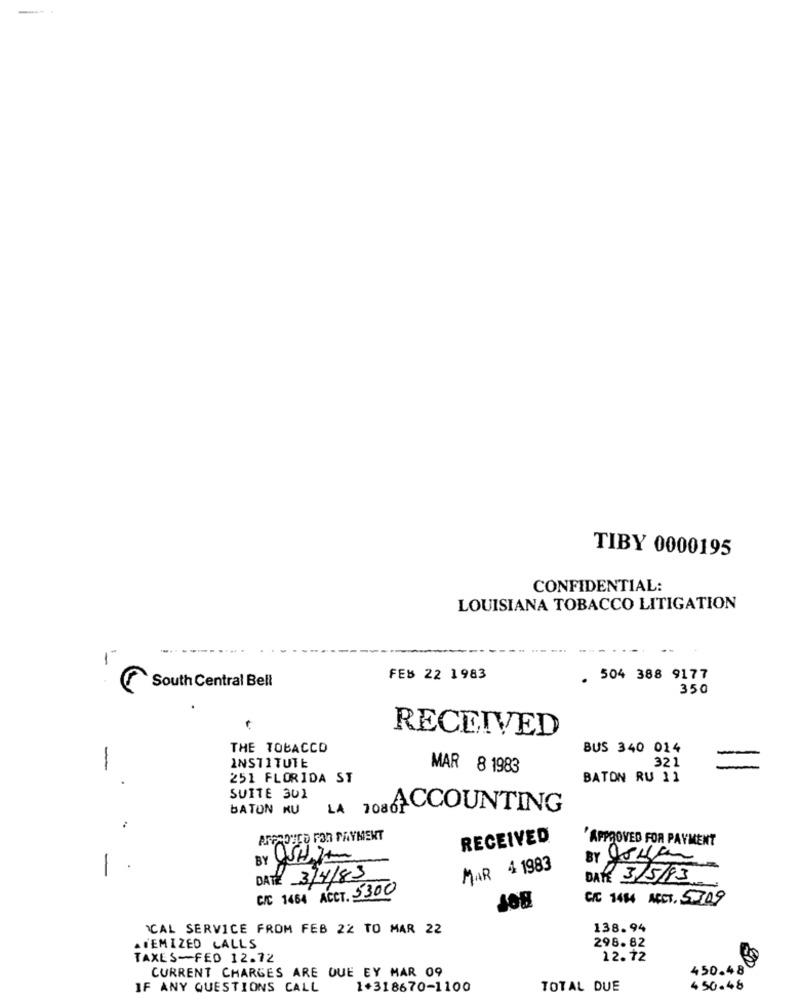
TIBY 0000195
CONFIDENTIAL:
LOUISIANA TOBACCO LITIGATION
South Central Bell
FEB 22 1983
. 504 388 9177
350
RECEIVED
THE TOBACCO
BUS 340 014
321
INSTITUTE
MAR 8 1983
-
251 FLORIDA ST
BATON RU 11
SUITE 302
BATON KU
LA 7086ACCOUNTING
ARAROUCO FOR PAYMENT
RECEIVED
'APPROVED FOR PAYMENT
BY WSHIA
BY Johan
-
MAR 4 1983
DATE 3/4/83
DATE 3/5/83
C/C 1464 ACCT. 5300
C/C 1484 ACCT. 5309
ICAL SERVICE FROM FEB 22 TO MAR 22
138.94
298. 82
AIEMIZED CALLS
TAXES-FED 12.72
12.72
CURRENT CHARGES ARE QUE EY MAR 09
450.48
IF ANY QUESTIONS CALL
1+318670-1100
TOTAL DUE
450-48